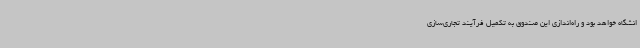
انشگاه خواهد بود و راه‌اندازی این صندوق به تکمیل فرآیند تجاری‌سازی